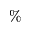
\%